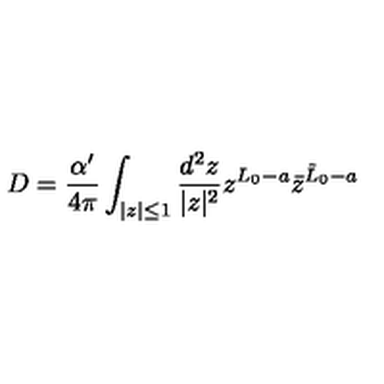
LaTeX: D = \frac { \alpha ^ { \prime } } { 4 \pi } \int _ { | z | \leq 1 } \frac { d ^ { 2 } z } { | z | ^ { 2 } } z ^ { L _ { 0 } - a } { \bar { z } } ^ { { \tilde { L } } _ { 0 } - a }